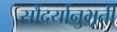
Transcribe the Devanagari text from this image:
सौंदर्यानुभूती